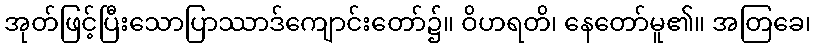
အုတ်ဖြင့်ပြီးသောပြာဿာဒ်ကျောင်းတော်၌။ ဝိဟရတိ၊ နေတော်မူ၏။ အတြခေ၊